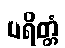
ပရိတ္တံ